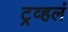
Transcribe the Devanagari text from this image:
ट्रव्हलं